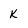
Character: K